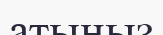
атыңыз